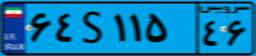
۶۴S۱۱۵۴۶